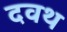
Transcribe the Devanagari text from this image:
दवथ